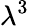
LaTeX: \lambda^{3}